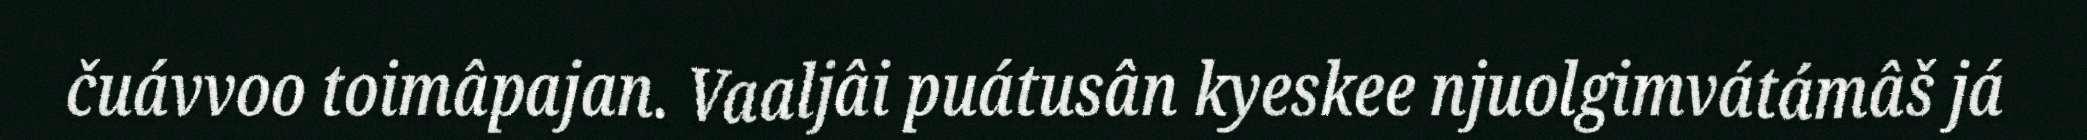
čuávvoo toimâpajan. Vaaljâi puátusân kyeskee njuolgimvátámâš já